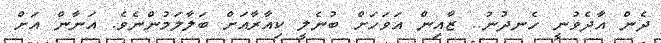
ދެން އާދެވުނީ ހެނދުނު.. ޒާއިން އަވަހަށް ބުނެލީ ކިއާރާއަށް ބަލާލަމުންނެވެ. އަނާން އަށް